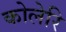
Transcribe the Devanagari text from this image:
कोलेरि